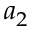
a _ { 2 }